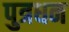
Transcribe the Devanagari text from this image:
पुत्रधन